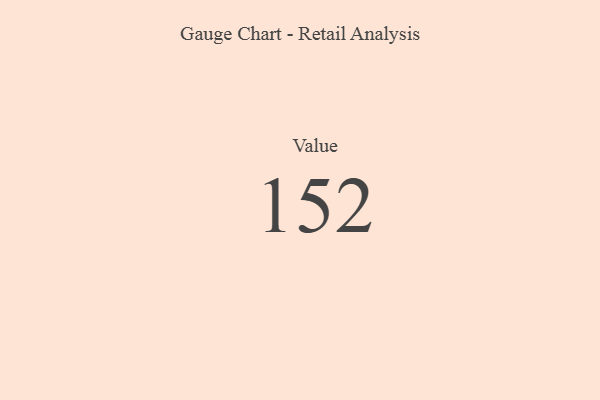
{"axis": {"x": "Metric", "y": "Value"}, "legend": [""], "data": [{"x": "Value", "y": 152, "type": ""}]}